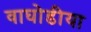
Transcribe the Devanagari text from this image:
वाघोडीया